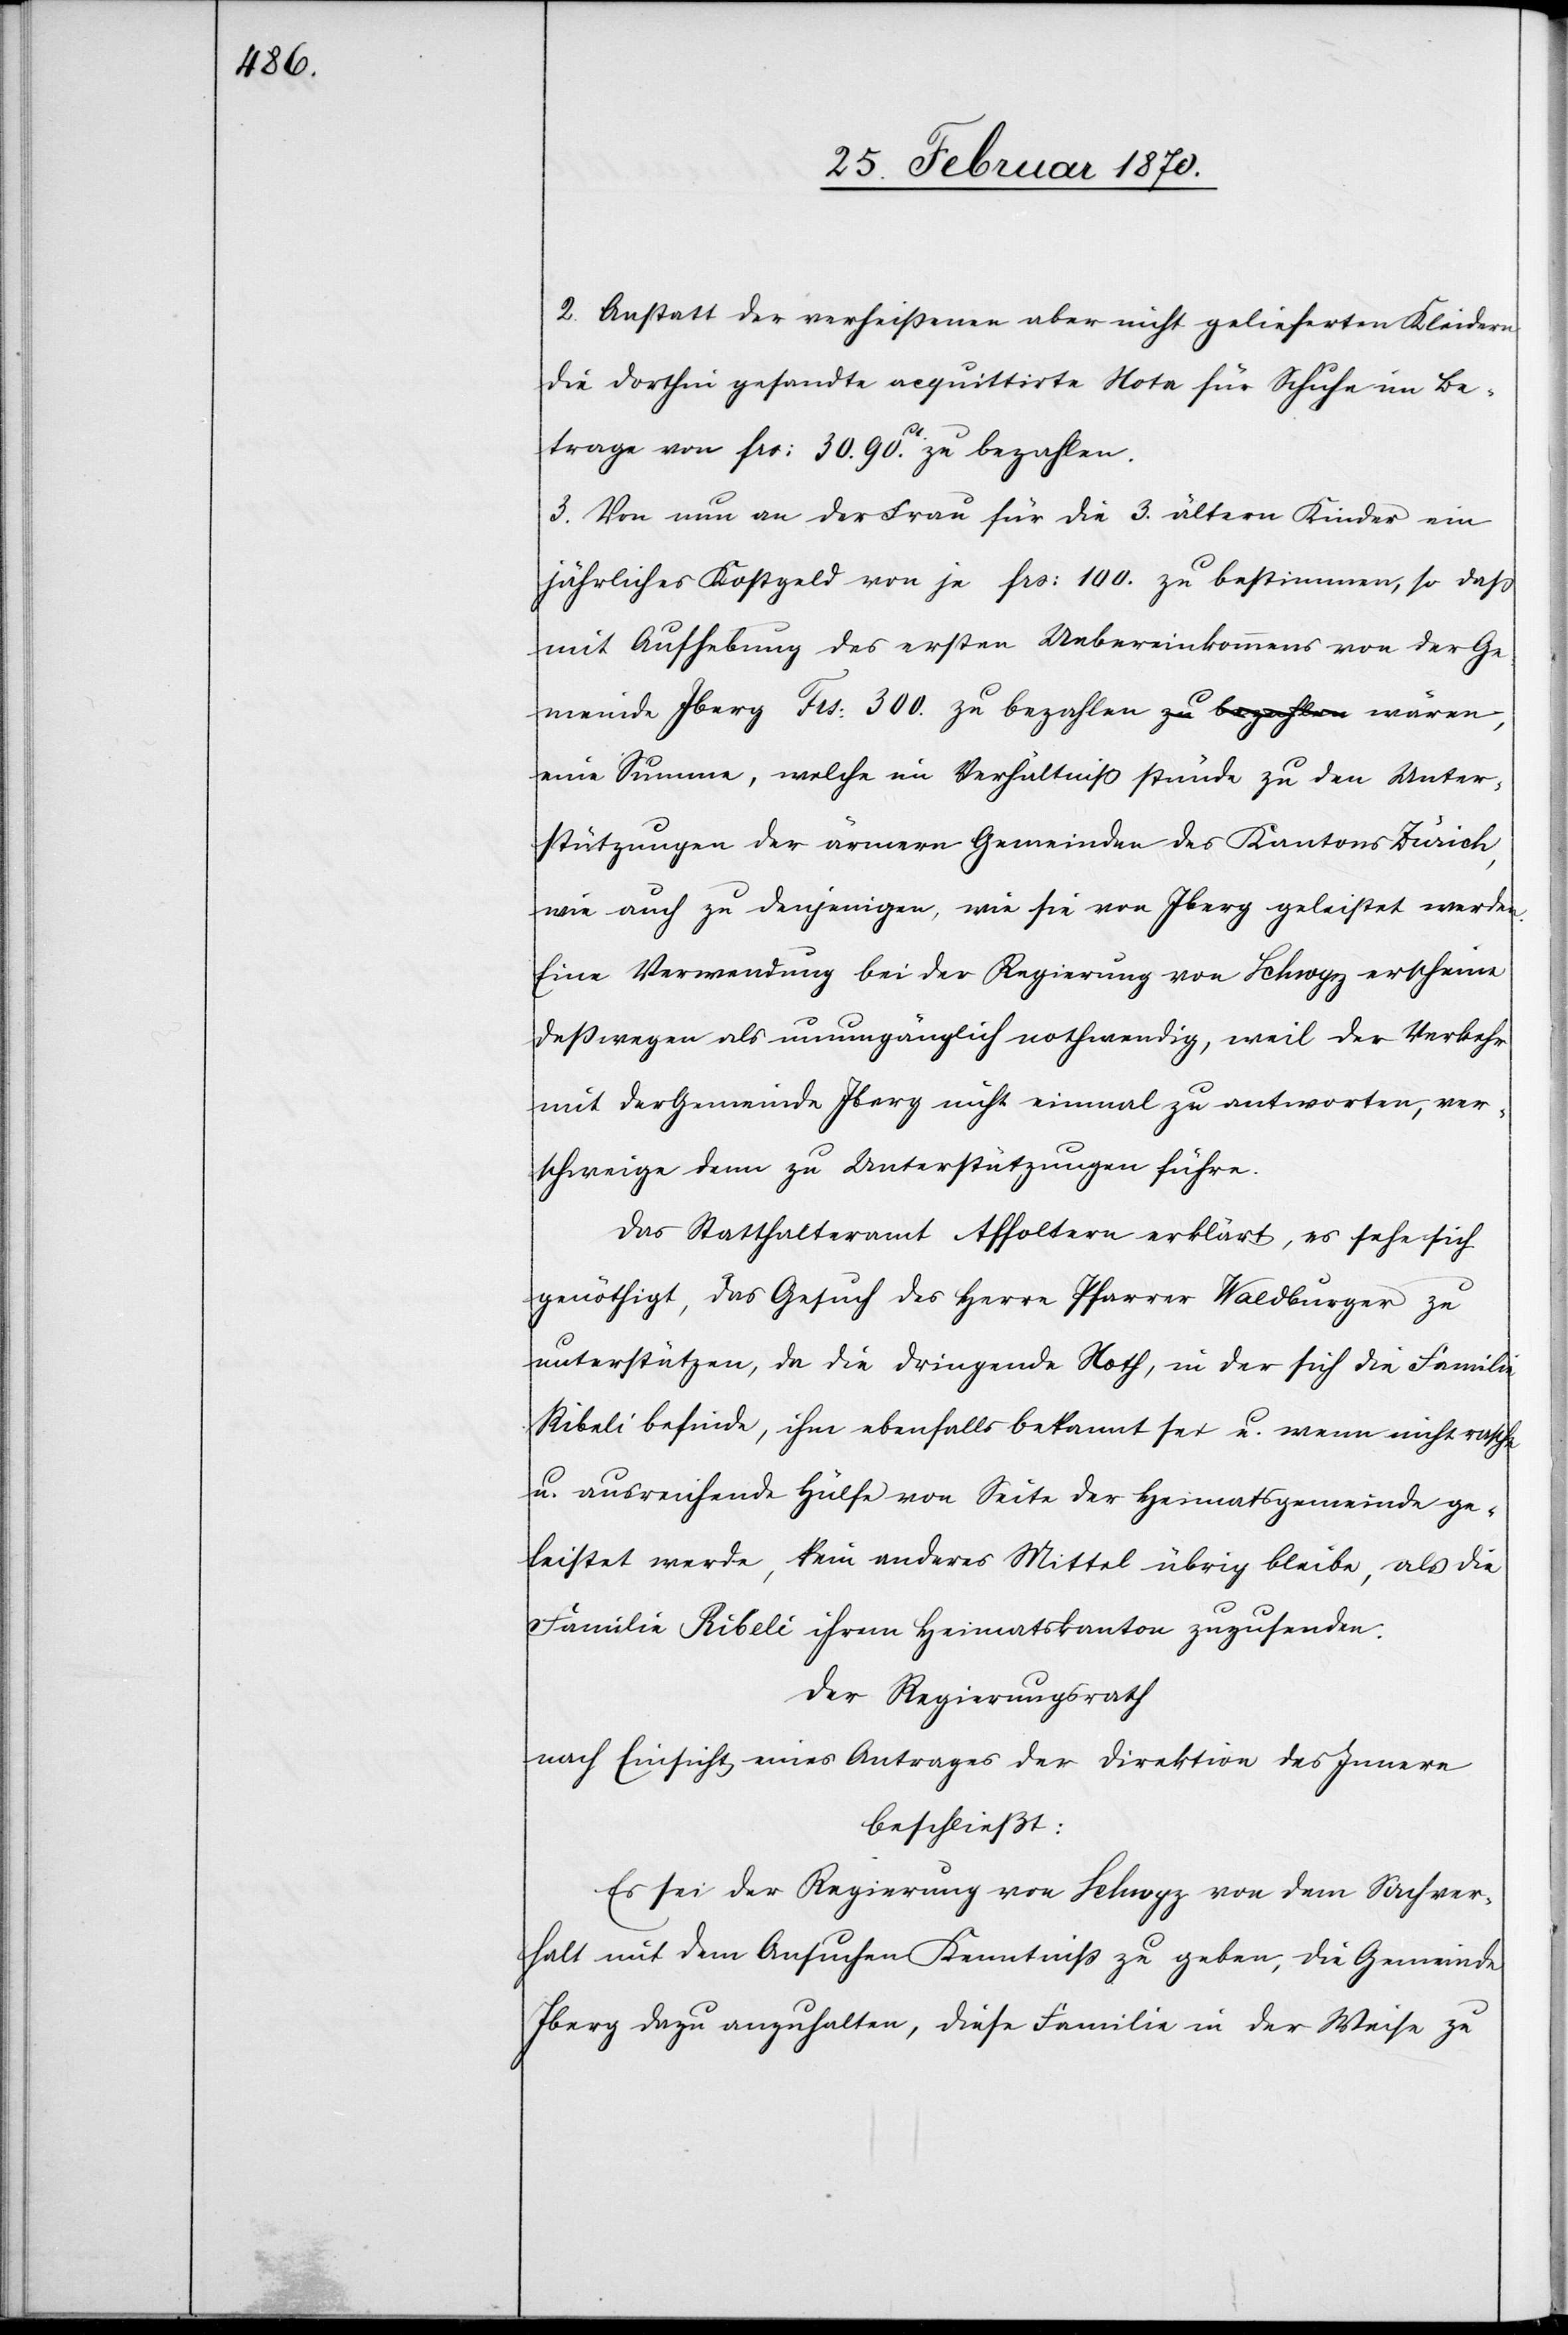
2. Anstatt der verheißenen aber nicht gelieferten Kleidern
die dorthin gesandte acquittirte Note für Schuhe im Be¬
trage von frs: 30.90. zu bezahlen.
3. Von nun an der Frau für die ältern Kinder ein
jährliches Kostgeld von je frs: 100. zu bestimmen, so daß
mit Aufhebung des ersten Uebereinkommens von der Ge¬
meinde Iberg Frs: 300. zu bezahlen wären, e¬
ine Summe, welche im Verhältniß stünde zu den Unter¬
stützungen der ärmern Gemeinden des Kantons Zürich,
wie auch zu denjenigen, wie sie von Iberg geleistet werden.
Eine Verwendung bei der Regierung von Schwyz erscheine
deßwegen als unumgänglich nothwendig, weil der Verkehr
mit der Gemeinde Iberg nicht einmal zu antworten, ver¬
schweige denn zu Unterstützungen führe.
Das Statthalteramt Affoltern erklärt, es sehe sich
genöthigt, das Gesuch des Herrn Pfarrer Waldburger zu
unterstützen, da die dringende Noth, in der sich die Familie
Ribeli befinde, ihm ebenfalls bekannt sei u. wenn nicht rasche
u. ausreichende Hülfe von Seite der Heimatsgemeinde ge¬
leistet werde, kein anderes Mittel übrig bleibe, als die
Familie Ribeli ihrem Heimatskanton zuzusenden.
Der Regierungsrath
nach Einsicht eines Antrages der Direktion des Innern
beschließt:
Es sei der Regierung von Schwyz von dem Sachver¬
halt mit dem Ansuchen Kenntniß zu geben, die Gemeinde
Iberg dazu anzuhalten, diese Familie in der Weise zu